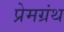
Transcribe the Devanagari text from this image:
प्रेमग्रंथ